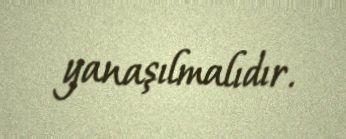
yanaşılmalıdır.